Vaccination in Bombay 1924-1928 - 1924-1928
Year: 1924
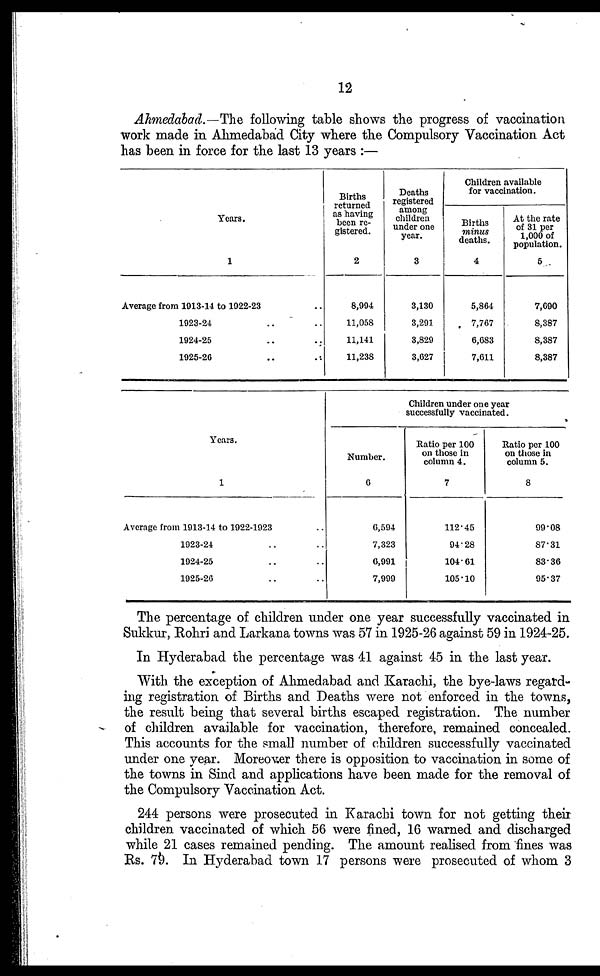
12
Ahmedabad.—The following table shows the progress of vaccination
work made in Ahmedabad City where the Compulsory Vaccination Act
has been in force for the last 13 years :—
Years.
1
Average from 1913-14 to 1922-23 ..
1923-24 .. ..
1924-25 .. ..
1925-26 .. ..
Births
returned
as having
been re-
gistered.
2
8,994
11,058
11,141
11,238
Deaths
registered
among
children
under one
year.
3
3,130
3,291
3,829
3,627
Children available
for vaccination.
Births
minus
deaths.
4
5,864
7,767
6,683
7,611
At the rate
of 31 per
1,000 of
population.
5
7,690
8,387
8,387
8,387
Years.
1
Average from 1913-14 to 1922-1923 ..
1923-24 .. ..
1924-25 .. ..
1025-26 .. ..
Children under one year
successfully vaccinated.
Number.
6
6,594
7,323
6,991
7,999
Ratio per 100
on those in
column 4.
7
112.45
94.28
104.61
105.10
Ratio per 100
on those in
column 5.
8
99.08
87.31
83.36
95.37
The percentage of children under one year successfully vaccinated in
Sukkur, Rohri and Larkana towns was 57 in 1925-26 against 59 in 1924-25.
In Hyderabad the percentage was 41 against 45 in the last year.
With the exception of Ahmedabad and Karachi, the bye-laws regard-
ing registration of Births and Deaths were not enforced in the towns,
the result being that several births escaped registration. The number
of children available for vaccination, therefore, remained concealed.
This accounts for the small number of children successfully vaccinated
under one year. Moreover there is opposition to vaccination in some of
the towns in Sind and applications have been made for the removal of
the Compulsory Vaccination Act.
244 persons were prosecuted in Karachi town for not getting their
children vaccinated of which 56 were fined, 16 warned and discharged
while 21 cases remained pending. The amount realised from fines was
Rs. 79. In Hyderabad town 17 persons were prosecuted of whom 3